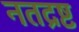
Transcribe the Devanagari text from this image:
नतद्रष्ट